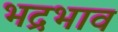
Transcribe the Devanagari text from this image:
भद्रभाव